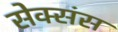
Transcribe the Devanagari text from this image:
सेक्संस